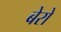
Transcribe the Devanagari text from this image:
बेरो